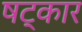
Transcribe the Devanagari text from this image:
षट्‌कार